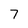
Character: 7